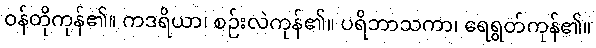
ဝန်တိုကုန်၏။ ကဒရိယာ၊ စဉ်းလဲကုန်၏။ ပရိဘာသကာ၊ ရေရွတ်ကုန်၏။